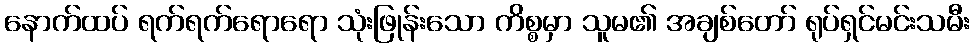
နောက်ထပ် ရက်ရက်ရောရော သုံးဖြုန်းသော ကိစ္စမှာ သူမ၏ အချစ်တော် ရုပ်ရှင်မင်းသမီး